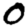
Digit: 0